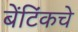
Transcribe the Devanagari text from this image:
बेंटिंकचे